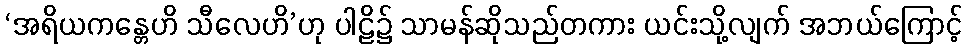
‘အရိယကန္တေဟိ သီလေဟိ’ဟု ပါဠိ၌ သာမန်ဆိုသည်တကား ယင်းသို့လျက် အဘယ်ကြောင့်